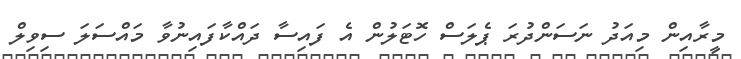
މީރާއިން މިއަދު ނަސަންދުރަ ޕެލަސް ހޮޓަލުން އެ ފައިސާ ދައްކާފައިނުވާ މައްސަލަ ސިވިލް